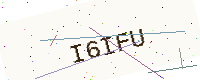
Text: I6IFU